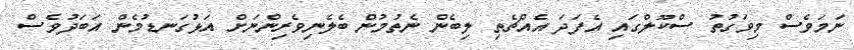
ނަމަވެސް މިވަގުތު ސްކޫލްގައި އެފަދަ އެއްޗެތި ލިބެން ނެތުމުން ބެލެނިވެރިންނަށް އަޅުގަނޑުމެން އަބަދުވެސް